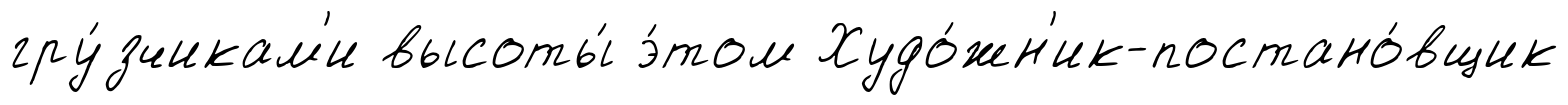
гру́зчикам'и высоты́ э́том Худо́жн'ик-постано́вщик